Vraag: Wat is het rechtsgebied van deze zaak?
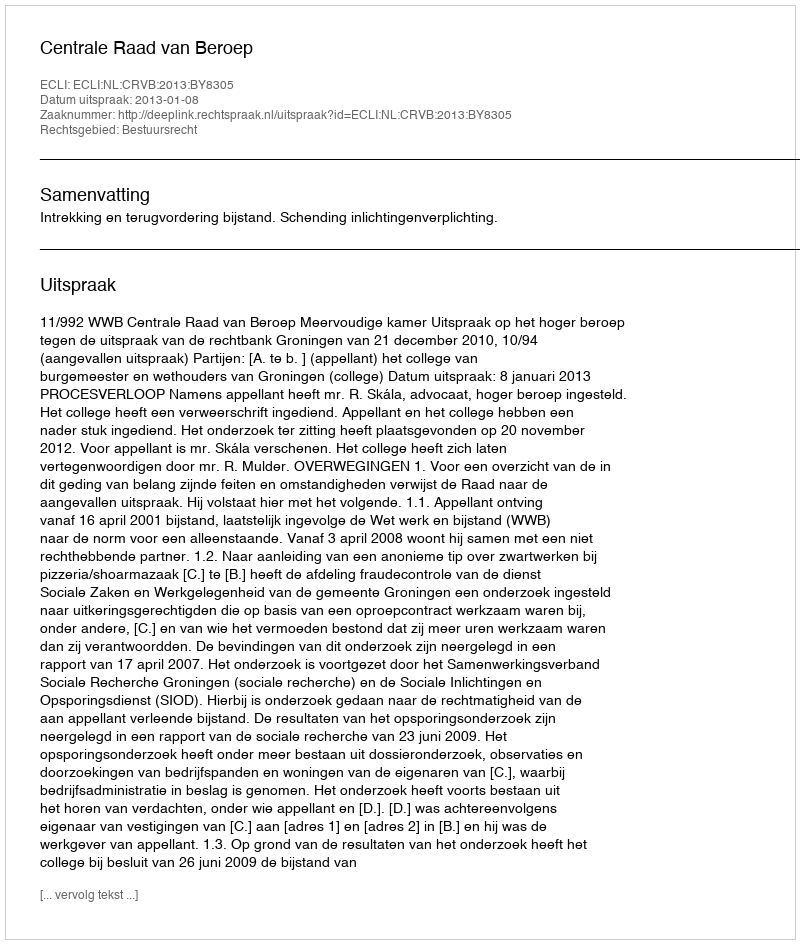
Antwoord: Bestuursrecht